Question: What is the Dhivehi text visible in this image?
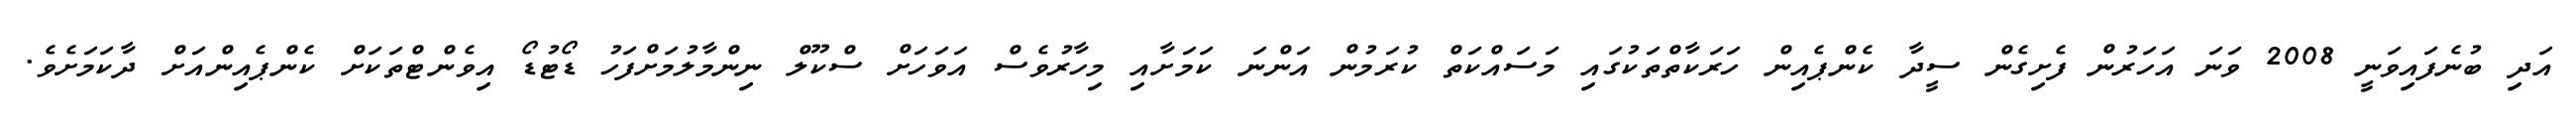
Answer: އަދި ބުނެފައިވަނީ 2008 ވަނަ އަހަރުން ފެށިގެން ސީދާ ކެންޕެއިން ހަރަކާތްތަކުގައި މަސައްކަތް ކުރަމުން އަންނަ ކަމަށާއި މިހާރުވެސް އަވަހަށް ސްކޫލް ނިންމާލުމަށްފަހު ޑޯޓުޑޯ އިވެންޓްތަކަށް ކެންޕެއިންއަށް ދާކަމަށެވެ.